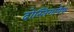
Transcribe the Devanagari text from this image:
दोस्तिगायेफ़